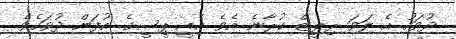
ދުވަހު އެ ލަވަ ރިލީޒް ކުރާނެ އެވެ. އެއީ ޕީސީގެ އުފަން ދުވަހެވެ.